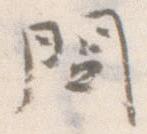
問